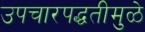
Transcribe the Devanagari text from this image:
उपचारपद्धतीमुळे